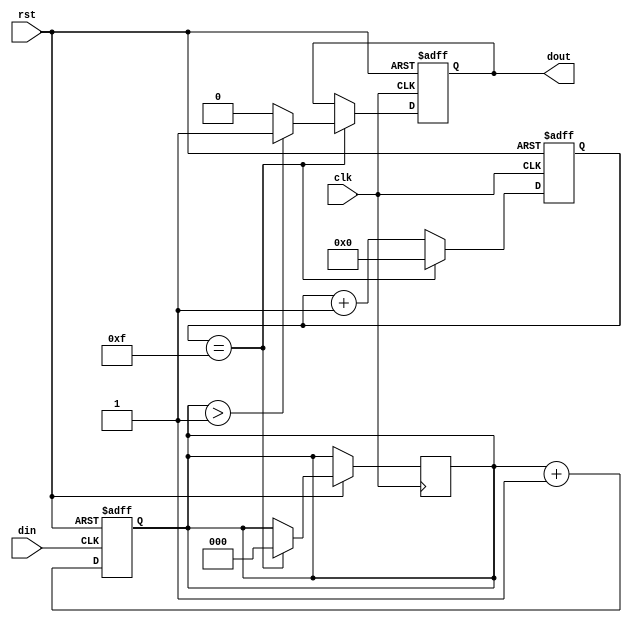
module demodulator(
        output reg dout,
        input din,
        input rst,
        input clk);

  reg [2:0]m;
  reg [3:0]count;

  // 
  always@(posedge din or negedge rst)
    begin
      if(!rst)
        begin
          m <= 0;
        end
      else
        begin
          m <= m + 1;
        end
    end

  // 16clk8clk2
  // 16clk1
  always@(posedge clk or negedge rst)
    begin
      if(!rst)
        begin
          count <= 0;
          dout <= 0;
        end
      else if(count == 4'b1111)  // 16
        begin
          if(m > 3'b001)  // 18
            dout <= 1;
          else            // 16
            dout <= 0;
          m <= 0;
          count <= 0;
        end
      else
        begin
          count <= count + 1;
        end
    end

endmodule